NAE_ERA_R-2362_Emakeele_Selts, lk 93
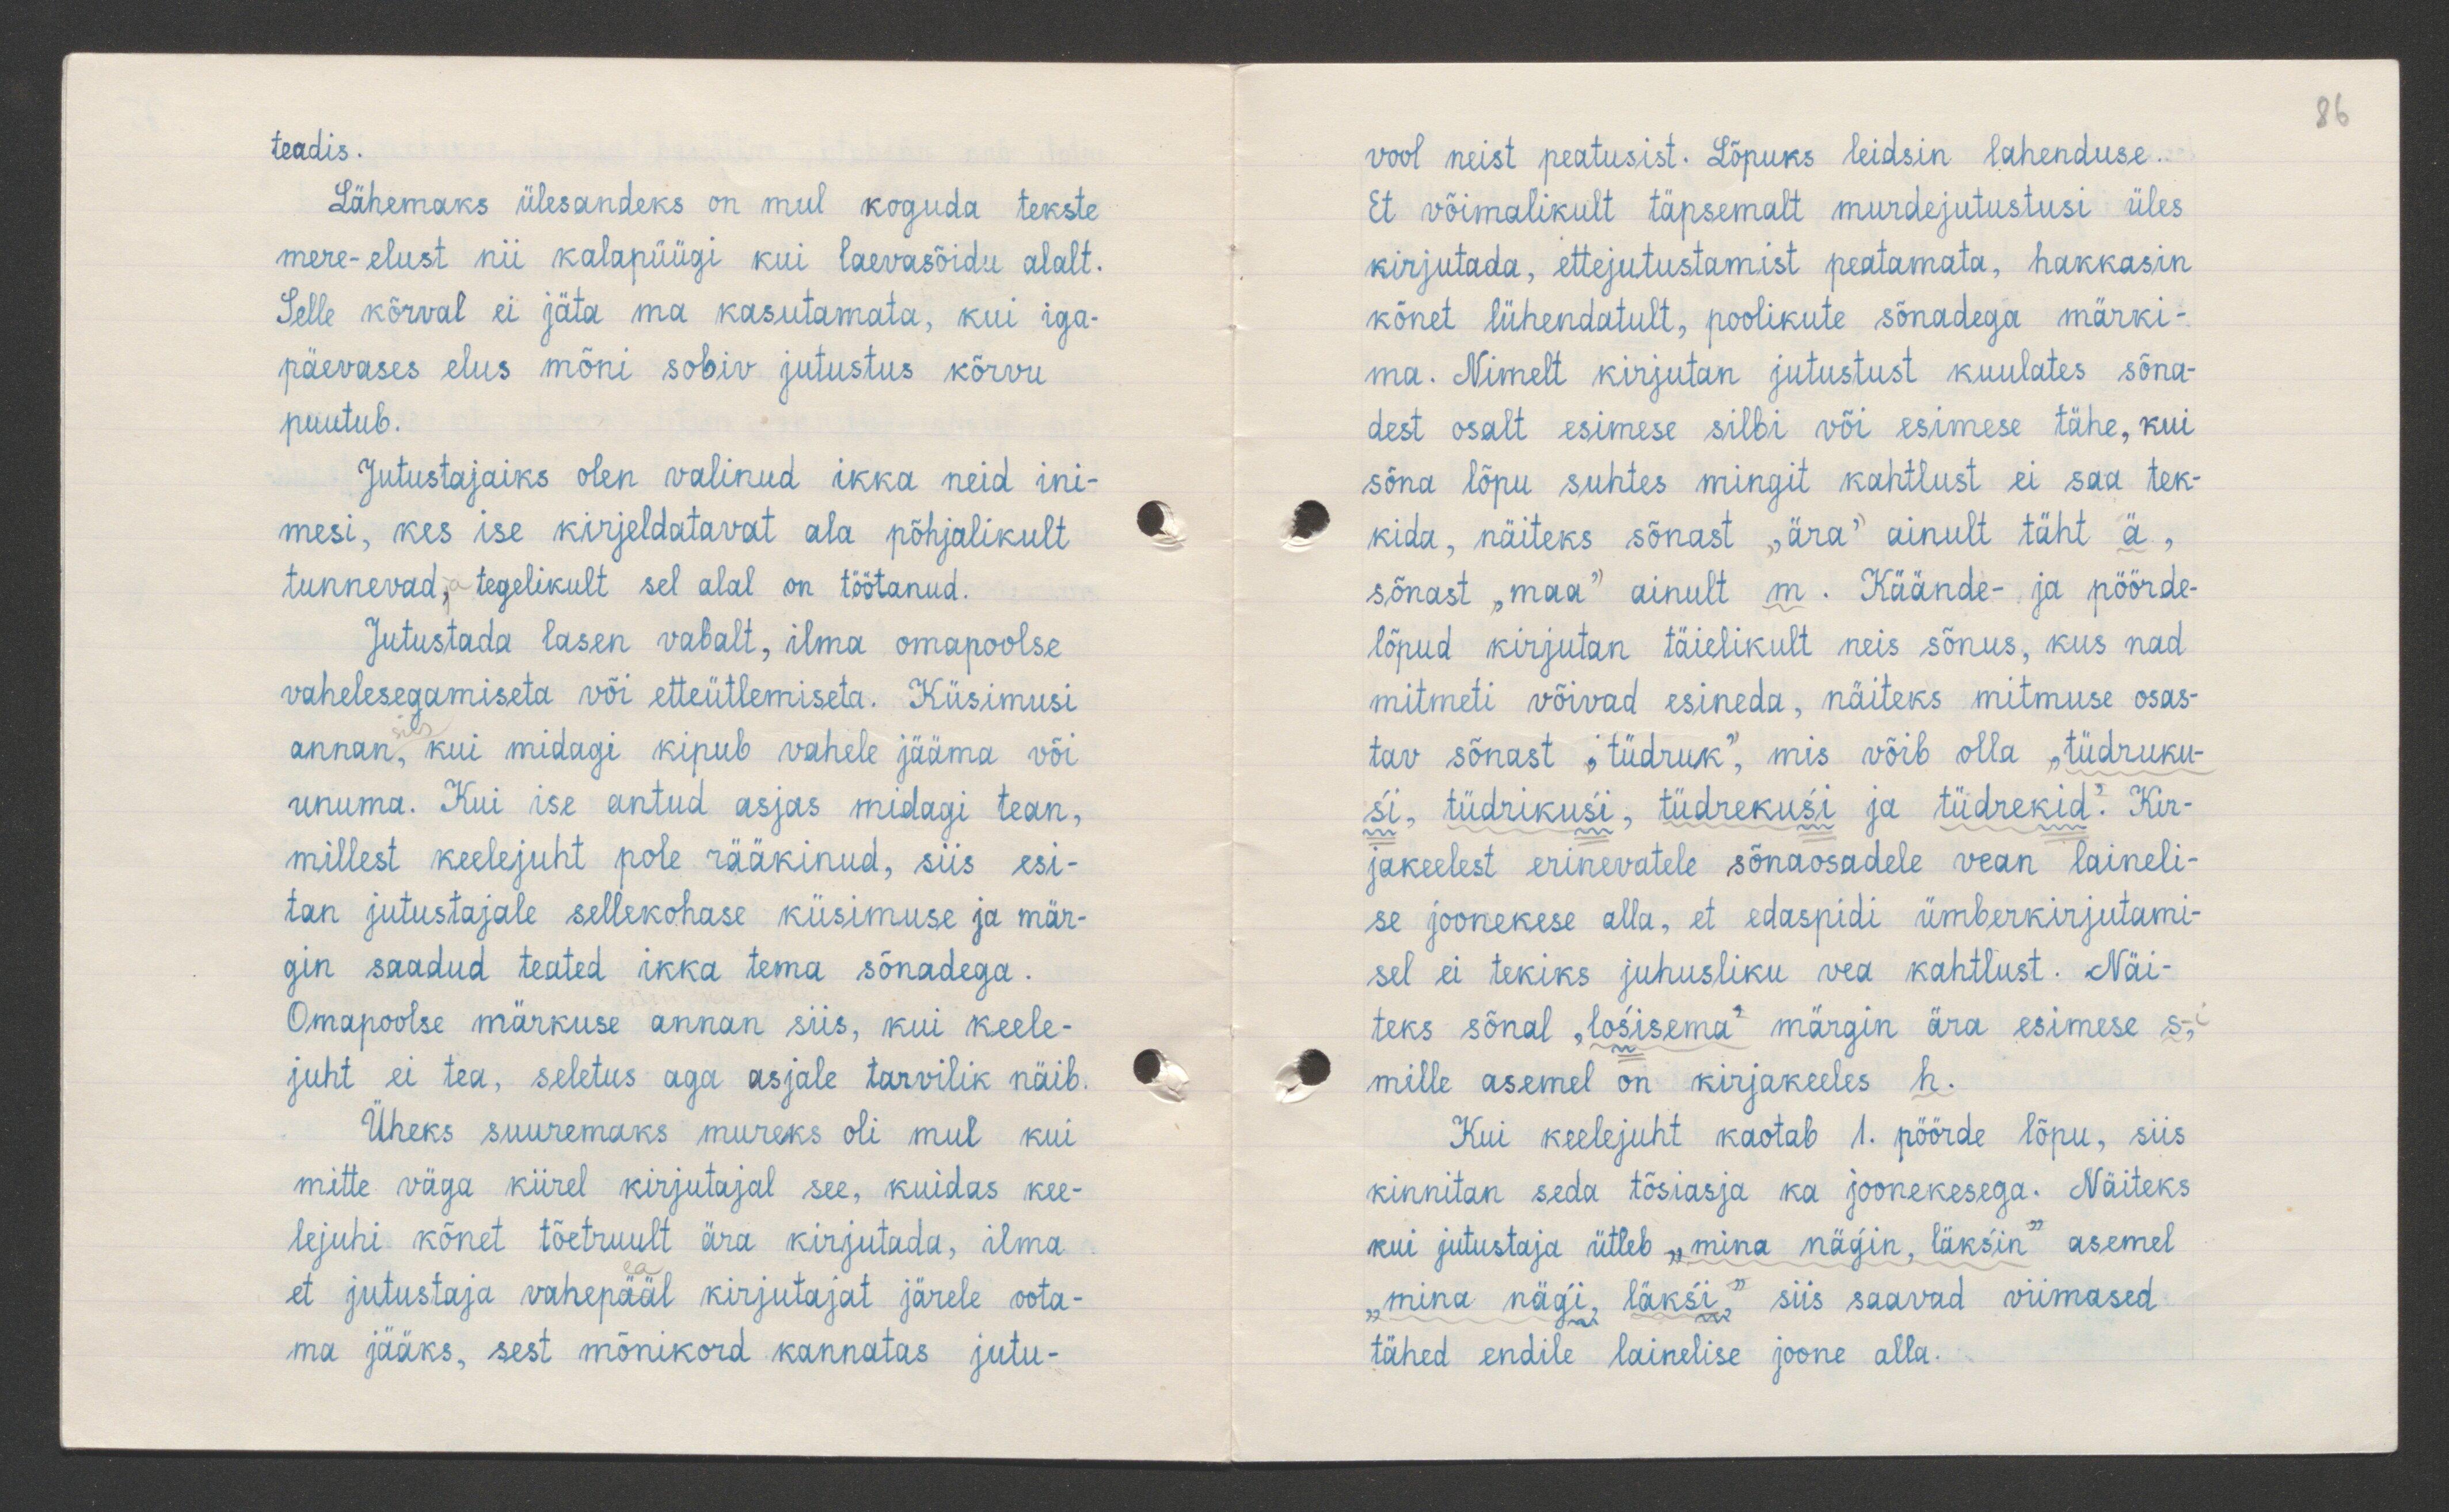
86

teadis.
Lähemaks ülesandeks on mul koguda tekste
mere-elust nii kalapüügi kui laevasõidu alalt.
Selle kõrval ei jäta ma kasutamata, kui iga-
päevases elus mõni sobiv jutustus kõrvu
puutub.
Jutustajaiks olen valinud ikka neid ini-
mesi, kes ise kirjeldatavat ala põhjalikult
tunnevad ja tegelikult sel alal on töötanud.
Jutustada lasen vabalt, ilma omapoolse
vahelesegamiseta või etteütlemiseta. Küsimusi
annan, kui midagi kipub vahele jääma või
unuma. Kui ise antud asjas midagi tean,
millest keelejuht pole rääkinud, siis esi-
tan jutustajale sellekohase küsimuse ja mär-
gin saadud teated ikka tema sõnadega.
Omapoolse märkuse annan siis, kui keele-
juht ei tea, seletus aga asjale tarvilik näib.
Üheks suuremaks mureks oli mul kui
mitte väga kiirel kirjutajal see, kuidas kee-
lejuhi kõnet tõetruult ära kirjutada, ilma
et jutustaja vahepääl kirjutajat järele oota-
ma jääks, sest mõnikord kannatas jutu-

vool neist peatusist. Lõpuks leidsin lahenduse.
Et võimalikult täpsemalt murdejutustusi üles
kirjutada, ettejutustamist peatamata, hakkasin
kõnet lühendatult, poolikute sõnadega märki-
ma. Nimelt kirjutan jutustust kuulates sõna-
dest osalt esimese silbi või esimesed tähe, kui
sõna lõpu suhtes mingit kahtlust ei saa tek-
kida, näiteks sõnast "ära" ainult täht ä,
sõnast "maa" ainult m. Käände- ja pöörde-
lõpud kirjutan täielikult neis sõnus, kus nad
mitmeti võivad esineda, näiteks mitmuse osas-
tav sõnast "tüdruk", mis võib olla „tüdruku-
si, tüdrikusi, tüdrekusi ja tüdrekid". Kir-
jakeelest erinevatele sõnaosadele vean laineli-
se joonekese alla, et edaspidi ümberkirjutami-
sel ei tekiks juhusliku vea kahtlust. Näi-
teks sõnal "los'isema" märgin ära esimese s-i
mille asemel on kirjakeeles h.
Kui keelejuht kaotab 1. pöörde lõpu, siis
kinnitan seda tõsiasja ka joonekesega. Näiteks
kui jutustaja ütleb "mina näg'in, läksin" asemel
"mina näg'i, läks'i" siis saavad viimased
tähed endile lainelise joone alla.